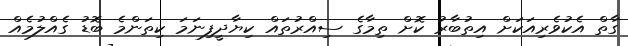
ގާތް އެކުވެރިއަކަށް އިތުބާރު ކޮށް ތިމާގެ ސިއްރުތައް ކިޔާދީފިނަމަ ކިތަންމެ ބޮޑު ގެއްލުމެއް